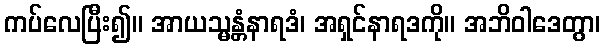
ကပ်လေပြီး၍။ အာယသ္မန္တံနာရဒံ၊ အရှင်နာရဒကို။ အဘိဝါဒေတွာ၊